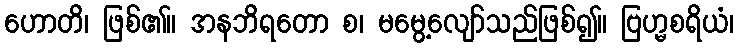
ဟောတိ၊ ဖြစ်၏။ အနဘိရတော စ၊ မမွေ့လျော်သည်ဖြစ်၍။ ဗြဟ္မစရိယံ၊